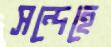
সন্দেহে